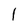
Character: 1